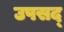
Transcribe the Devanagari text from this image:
उपसद्